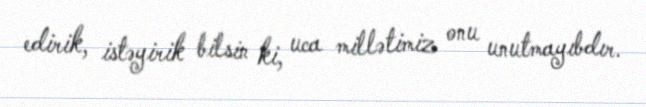
edirik, istəyirik bilsin ki, uca millətimiz onu unutmayıbdır.